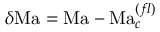
\delta \mathrm { M a } = \mathrm { M a } - \mathrm { M a } _ { c } ^ { ( f l ) }